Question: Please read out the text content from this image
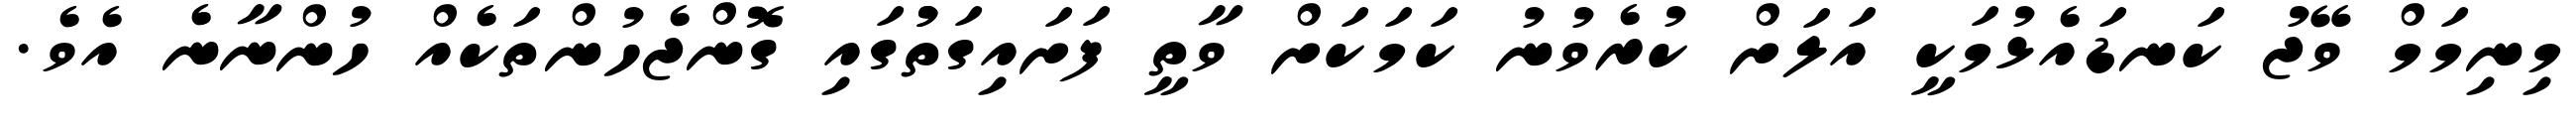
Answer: މިނިމަމް ވޭޖު ކަނޑައެޅުމަކީ އަލަށް ކުރެވުނު ކަމަކަށް ވާތީ ފަށައިގަތުުގައި ގޮންޖެހުންތަކެއް ހުންނާނެ އެވެ.